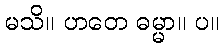
မသိ။ ဟတေ ဓမ္မာ။ ပ။